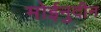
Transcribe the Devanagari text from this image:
मोईनुदीन